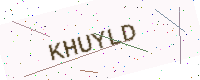
Text: KHUYLD